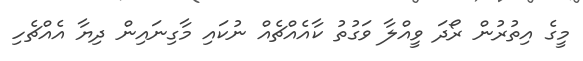
މީގެ އިތުރުން ރޯދަ ވީއްލާ ވަގުތު ކާއެއްޗެއް ނުކައި މާގިނައިން ދިޔާ އެއްޗެހި